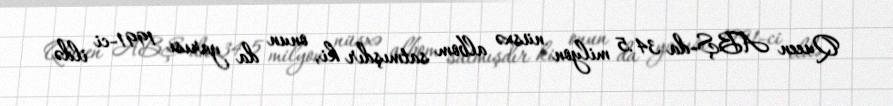
Queen ABŞ-da 34.5 milyon nüsxə albom satmışdır ki, onun da yarısı 1991-ci ildə